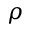
\rho